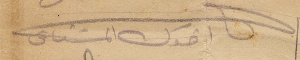
اخوك ميشال